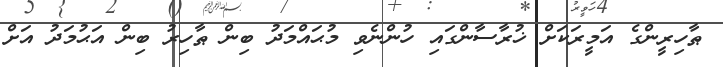
ޠާހިރީންގެ އަމީރަކަށް ޚުރާސާންގައި ހުންނެވި މުޙައްމަދު ބިން ޠާހިރު ބިން އަޙުމަދު އަށް